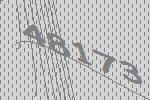
48173